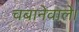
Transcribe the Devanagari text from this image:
चबानेवाले।